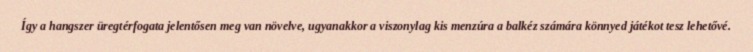
Így a hangszer üregtérfogata jelentősen meg van növelve, ugyanakkor a viszonylag kis menzúra a balkéz számára könnyed játékot tesz lehetővé.